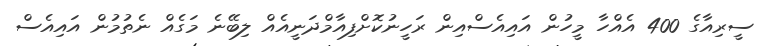
ސީރިއާގެ 400 އެއްހާ މީހުން އައިއެސްއިން ރަހީނުކޮށްފިއާމްދަނީއެއް ލިބޭނެ މަގެއް ނެތުމުން އައިއެސް